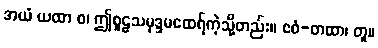
အယံ ယထာ စ၊ ဤစူဠသမုဒ္ဒမထေရ်ကဲ့သို့တည်း။ ဧဝံ-တထာ၊ တူ။